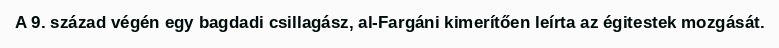
A 9. század végén egy bagdadi csillagász, al-Fargáni kimerítően leírta az égitestek mozgását.